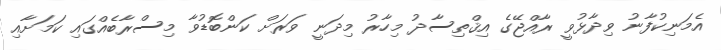
އެމަނިކުފާނު ވިދާޅުވީ ރާއްޖޭގެ އިޤްތިސާދު މިހާރު މިދަނީ ވަރަށް ކަންބޮޑުވާ މިސްރާބެއްގައި ކަމަށާއި